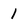
Character: 1